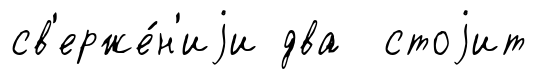
св'ерже́н'иjи два стоjит